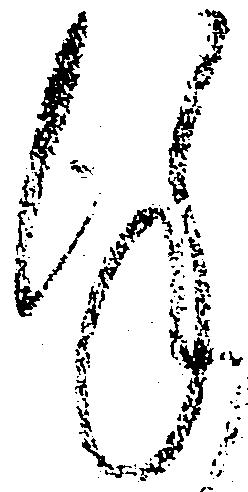
謹